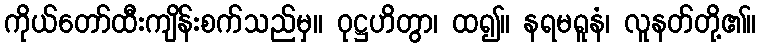
ကိုယ်တော်ထီးကျိန်းစက်သည်မှ။ ဝုဋ္ဌဟိတွာ၊ ထ၍။ နရမရူနံ၊ လူနတ်တို့၏။